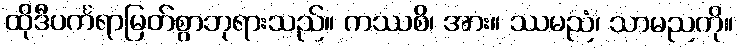
ထိုဒီပင်္ကရာမြတ်စွာဘုရားသည်။ ကဿစိ၊ အား။ ဿမညံ၊ သာမညကို။